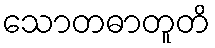
သောတဓာတူတိ